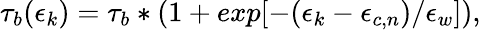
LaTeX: \tau_{b}(\epsilon_{k})=\tau_{b}*(1+exp[-(\epsilon_{k}-\epsilon_{c,n})/\epsilon_{w}]),